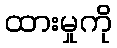
ထားမှုကို